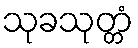
သုခသုတ္တံ